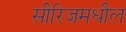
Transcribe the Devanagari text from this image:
सीरिजमधील